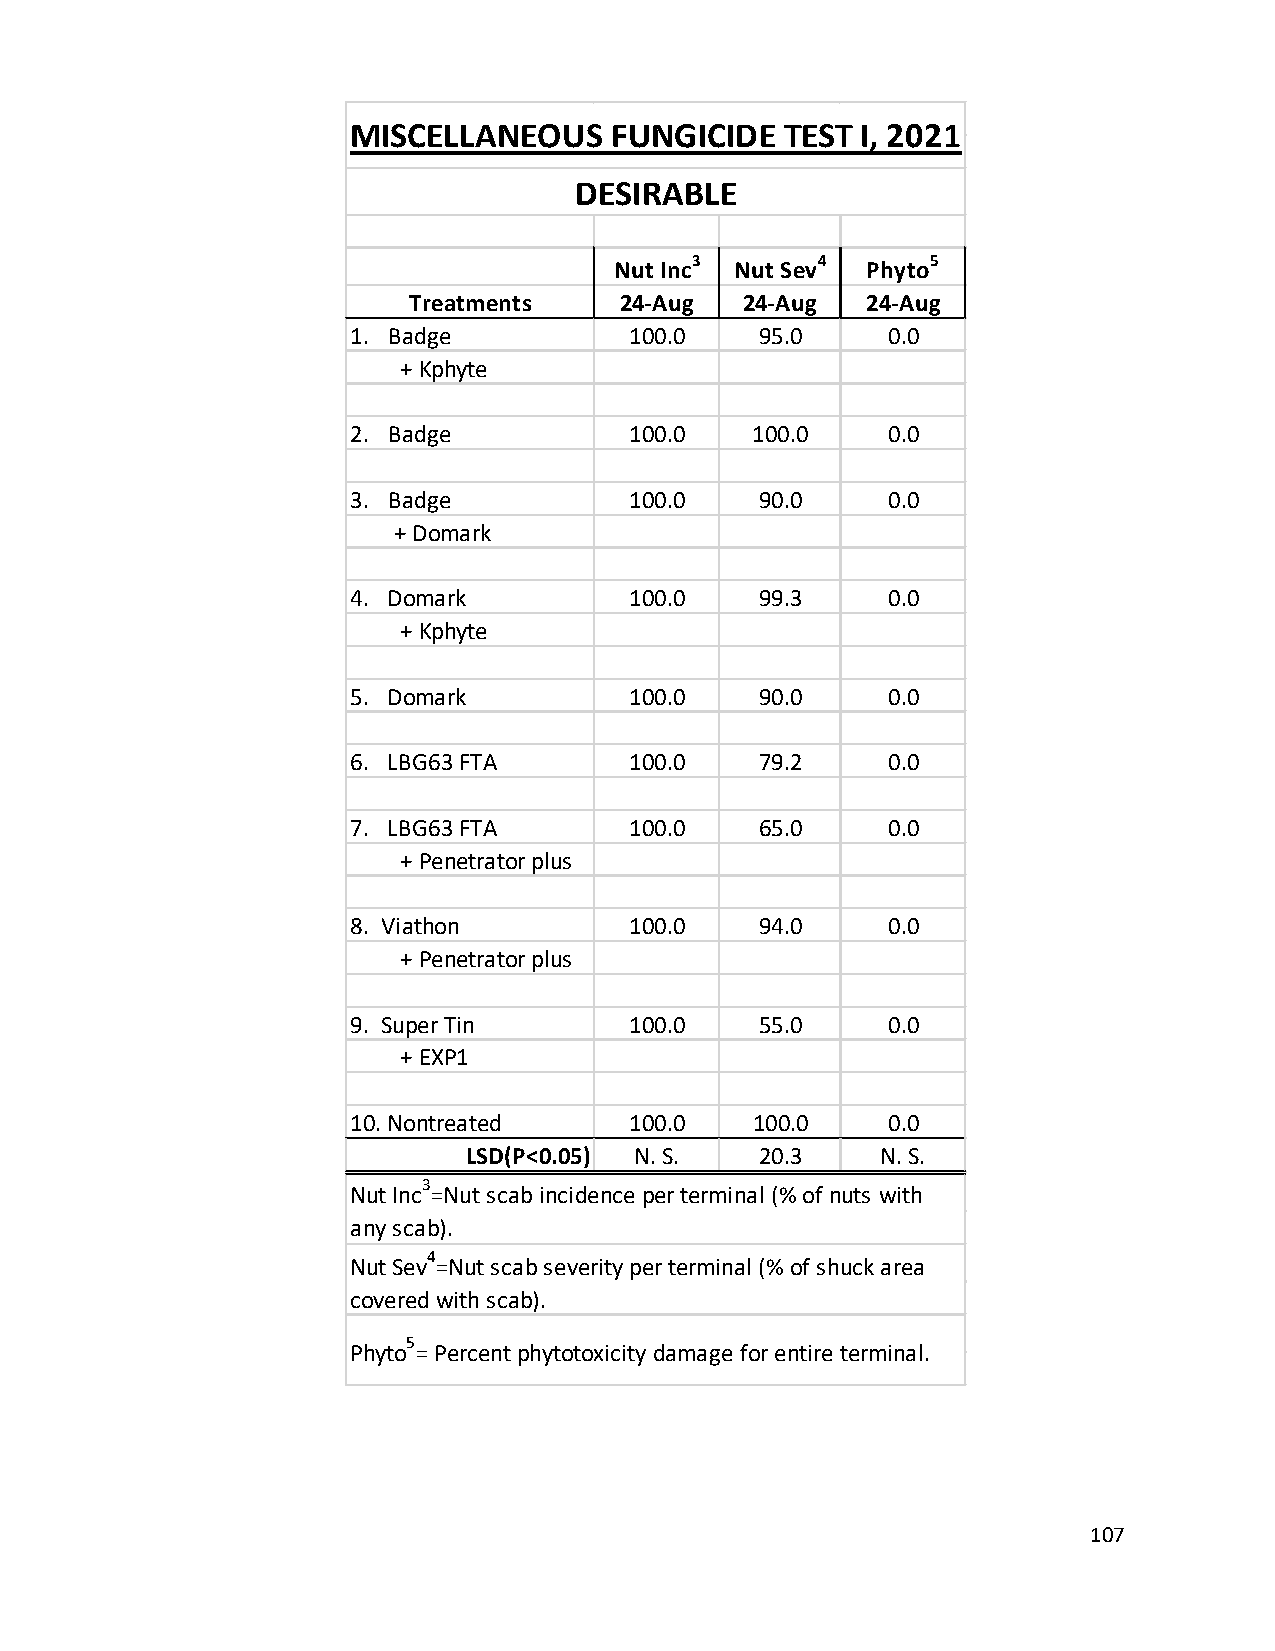
MISCELLANEOUS    FUNGICIDE   TEST I, 2021
 DESIRABLE
 3       4       5
 Nut Inc Nut Sev Phyto
 Treatments    24-Aug  24-Aug  24-Aug
 1. Badge           100.0   95.0     0.0
 + Kphyte
 2. Badge           100.0   100.0    0.0
 3. Badge           100.0   90.0     0.0
 + Domark
 4. Domark          100.0   99.3     0.0
 + Kphyte
 5. Domark          100.0   90.0     0.0
 6. LBG63 FTA       100.0   79.2     0.0
 7. LBG63 FTA       100.0   65.0     0.0
 + Penetrator plus
 8. Viathon         100.0   94.0     0.0
 + Penetrator plus
 9. Super Tin       100.0   55.0     0.0
 + EXP1
 10. Nontreated     100.0   100.0    0.0
 LSD(P<0.05) N. S.  20.3    N. S.
 Nut
 Inc3
 =Nut scab incidence per terminal (% of nuts with
 any scab).
 Nut
 Sev4
 =Nut scab severity per terminal (% of shuck area
 covered with scab).
 5
 Phyto = Percent phytotoxicity damage for entire terminal.
 107